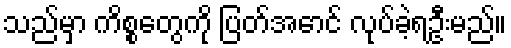
သည်မှာ ကိစ္စတွေကို ပြတ်အောင် လုပ်ခဲ့ရဦးမည်။